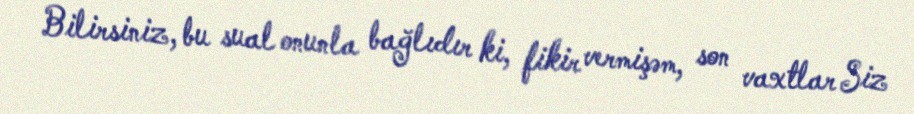
Bilirsiniz, bu sual onunla bağlıdır ki, fikir vermişəm, son vaxtlar Siz